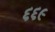
૬૬૯